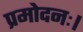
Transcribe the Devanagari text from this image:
प्रमोदनः।